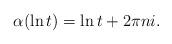
LaTeX: \begin{align*} \alpha(\ln t) = \ln t + 2\pi n i. \end{align*}